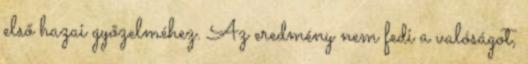
első hazai győzelméhez. Az eredmény nem fedi a valóságot,